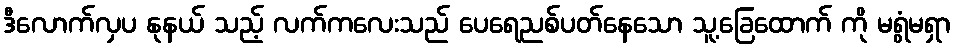
ဒီလောက်လှပ နုနယ် သည့် လက်ကလေးသည် ပေရေညစ်ပတ်နေသော သူ့ခြေထောက် ကို မရွံမရှာ